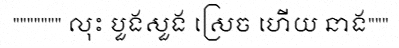
""""""" លុះ បួងសួង ស្រេច ហើយ នាង"""